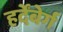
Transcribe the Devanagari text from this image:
हर्देंबेर्ग